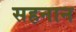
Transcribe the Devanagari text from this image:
सहनान